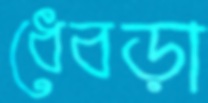
ধেবড়া